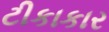
ટીકાકાર